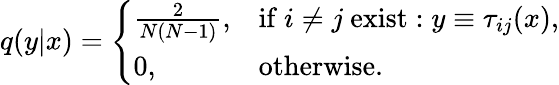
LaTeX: q(y|x)=\left\{ \begin{array}{ll}{\frac{2}{N(N-1)},}&{\mathrm{if}~i\neq j~\mathrm{exist}:y\equiv\tau_{ij}(x),}\\ {0,}&{\mathrm{otherwise}.}\end{array}\right.